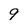
Character: 9